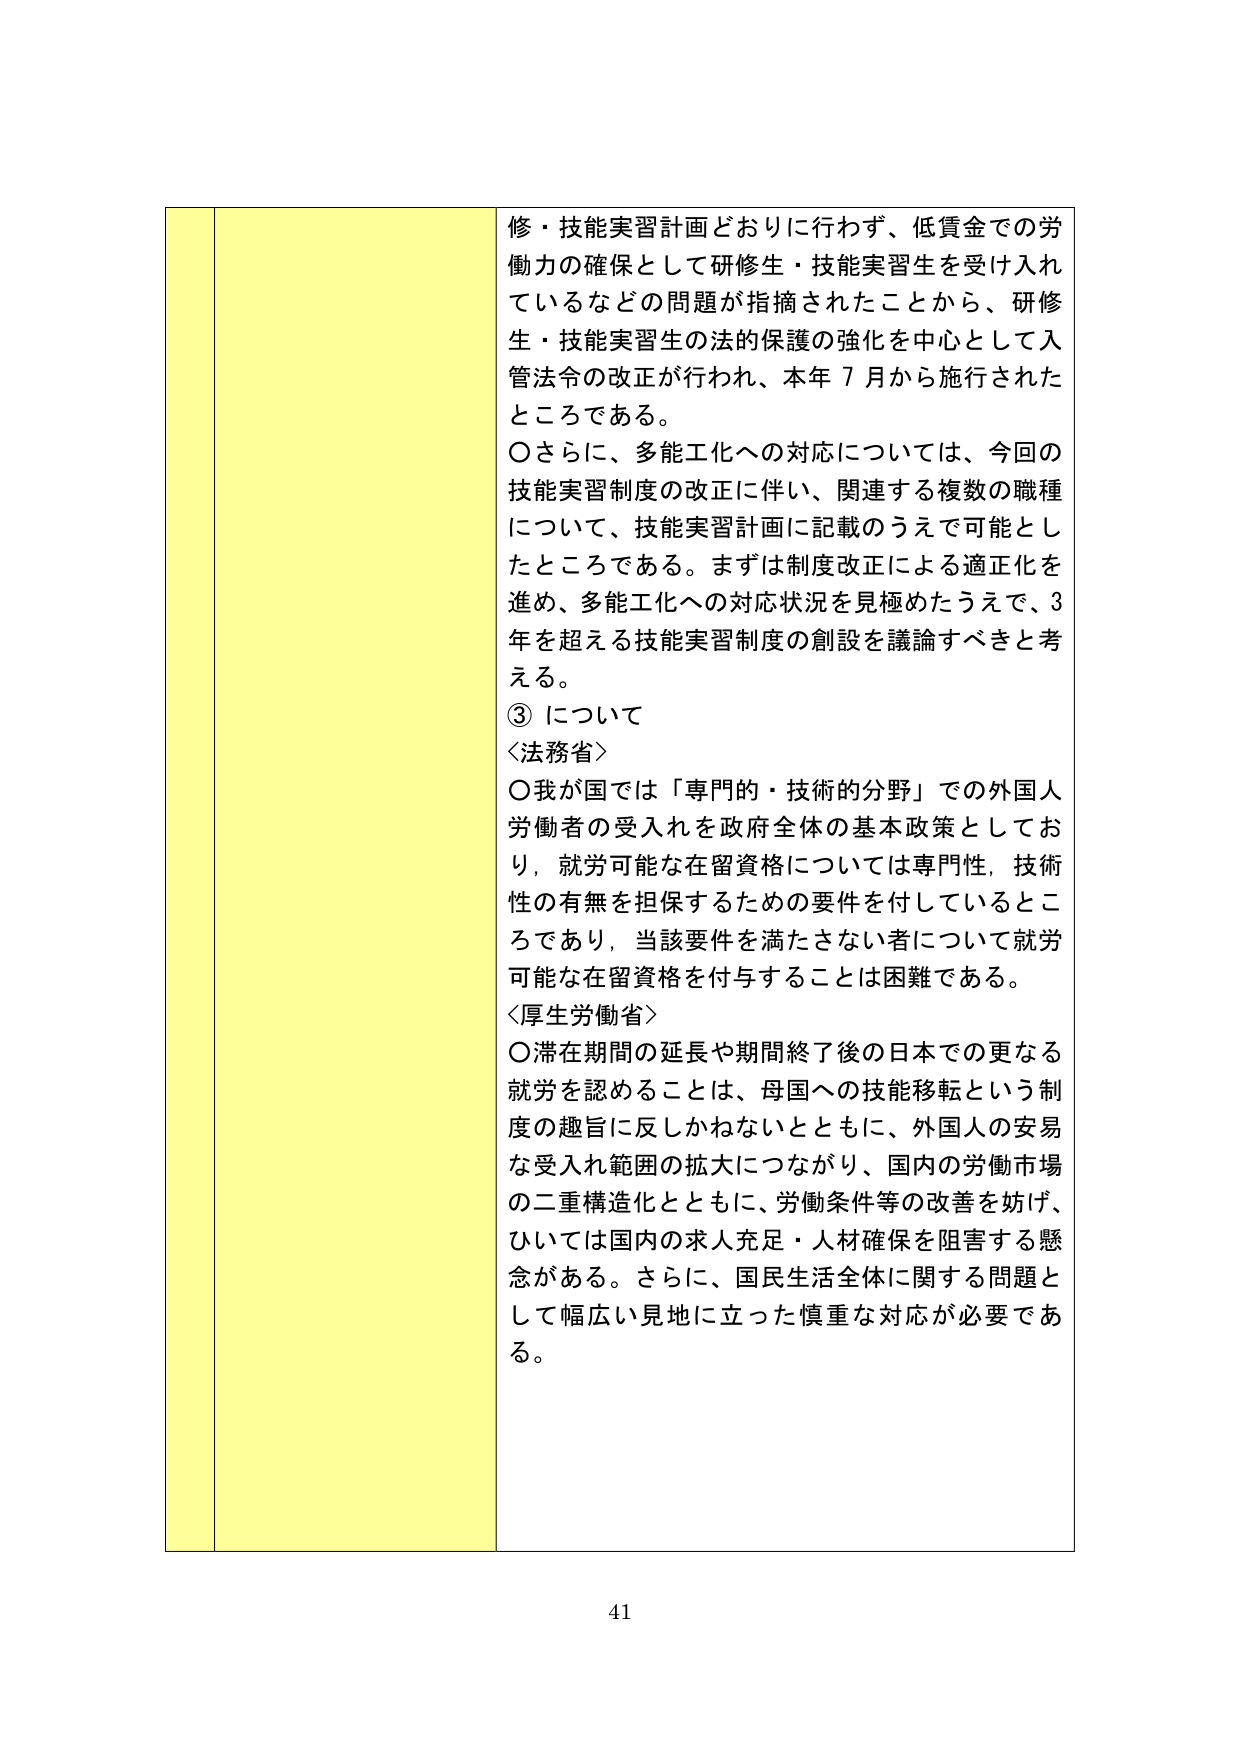
修・技能実習計画どおりに行わず、低賃金での労働力の確保として研修生・技能実習生を受け入れているなどの問題が指摘されたことから、研修生・技能実習生の法的保護の強化を中心として入管法令の改正が行われ、本年７月から施行されたところである。

〇さらに、多能工化への対応については、今回の技能実習制度の改正に伴い、関連する複数の職種について、技能実習計画に記載のうえで可能としたところである。まずは制度改正による適正化を進め、多能工化への対応状況を見極めたうえで、３年を超える技能実習制度の創設を議論すべきと考える。

③について

＜法務省＞
〇我が国では「専門的・技術的分野」での外国人労働者の受入れを政府全体の基本政策としており、就労可能な在留資格については専門性、技術性の有無を担保するための要件を付しているところであり、当該要件を満たさない者について就労可能な在留資格を付与することは困難である。

＜厚生労働省＞
〇滞在期間の延長や期間終了後の日本での更なる就労を認めることは、母国への技能移転という制度の趣旨に反しかねないとともに、外国人の安易な受入れ範囲の拡大につながり、国内の労働市場の二重構造化とともに、労働条件等の改善を妨げ、ひいては国内の求人充足・人材確保を阻害する懸念がある。さらに、国民生活全体に関する問題として幅広い見地に立った慎重な対応が必要である。

41